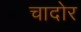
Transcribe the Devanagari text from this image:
चादोर